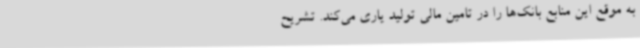
به موقع این منابع بانک‌ها را در تامین مالی تولید یاری می‌کند. تشریح